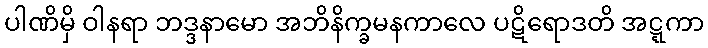
ပါဏိမှိ ဝါနရာ ဘဒ္ဒနာမော အဘိနိက္ခမနကာလေ ပဋိရောဒတိ အဋ္ဋကာ